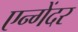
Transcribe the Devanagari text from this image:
एन्गेंदर